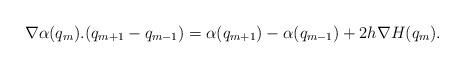
LaTeX: \begin{align*} \nabla \alpha (q_m).(q_{m+1}-q_{m-1})=\alpha(q_{m+1})-\alpha(q_{m-1})+2h\nabla H(q_m).\end{align*}